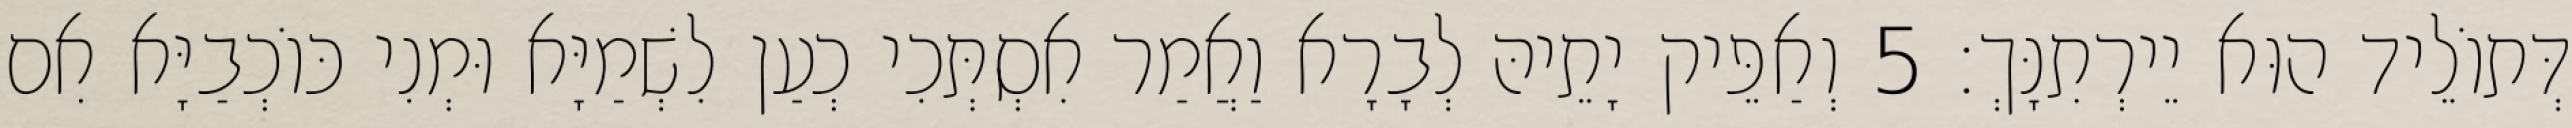
דְּתוֹלֵיד הוּא יֵירְתִנָּךְ׃ 5 וְאַפֵּיק יָתֵיהּ לְבָרָא וַאֲמַר אִסְתְּכִי כְעַן לִשְׁמַיָּא וּמְנִי כּוֹכְבַיָּא אִם